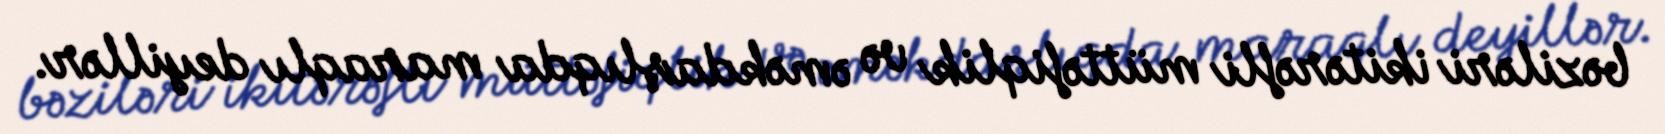
bəziləri ikitərəfli müttəfiqlik və əməkdaşlıqda maraqlı deyillər.